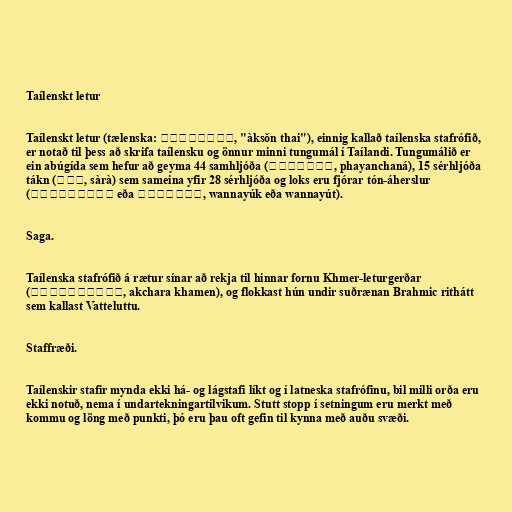
Taílenskt letur

Taílenskt letur (tælenska: อักษรไทย, "àksǒn thai"), einnig kallað taílenska stafrófið,
er notað til þess að skrifa taílensku og önnur minni tungumál í Taílandi. Tungumálið er
ein abúgída sem hefur að geyma 44 samhljóða (พยัญชนะ, phayanchaná), 15 sérhljóða
tákn (สระ, sàrà) sem sameina yfir 28 sérhljóða og loks eru fjórar tón-áherslur
(วรรณยุกต์ eða วรรณยุต, wannayúk eða wannayút).

Saga.

Taílenska stafrófið á rætur sínar að rekja til hinnar fornu Khmer-leturgerðar
(อักขระเขมร, akchara khamen), og flokkast hún undir suðrænan Brahmic rithátt
sem kallast Vatteluttu.

Staffræði.

Taílenskir stafir mynda ekki há- og lágstafi líkt og í latneska stafrófinu, bil milli orða eru
ekki notuð, nema í undartekningartilvikum. Stutt stopp í setningum eru merkt með
kommu og löng með punkti, þó eru þau oft gefin til kynna með auðu svæði.